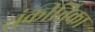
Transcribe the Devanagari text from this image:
संकीतिका